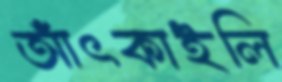
আঁৎকাইলি